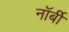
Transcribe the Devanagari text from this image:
नॉर्बी